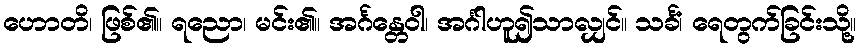
ဟောတိ၊ ဖြစ်၏။ ရညော၊ မင်း၏။ အင်္ဂန္တေဝါ၊ အင်္ဂါဟူ၍သာလျှင်။ သင်္ခံ၊ ရေတွက်ခြင်းသို့။